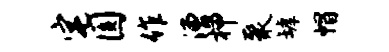
宅圆作漕柙聚罅帽